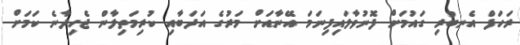
ރަހަފް އެނބުރި ގައުމަށް ފޮނުވާލައިފިނަމަ އޭނާއަށް މަރުގެ އަދަބާއި ކުރިމަތިލާން ޖެހިދާނެ ކަމަށް